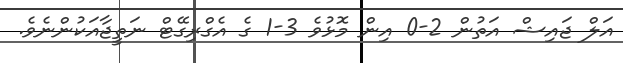
އަލް ޖައިޝް އަތުން 2-0 އިން މޮޅުވެ 3-1 ގެ އެގްރިގޭޓް ނަތީޖާއަކުންނެވެ.